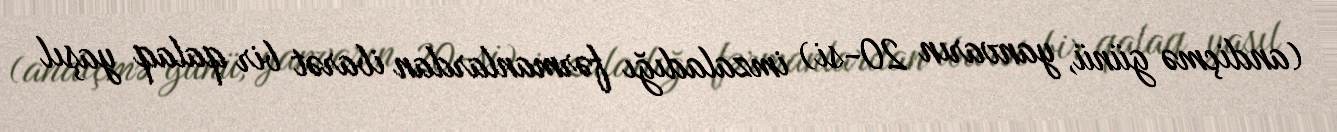
(andiçmə günü, yanvarın 20-si) imzaladığı fərmanlardan ibarət bir qalaq yaşıl